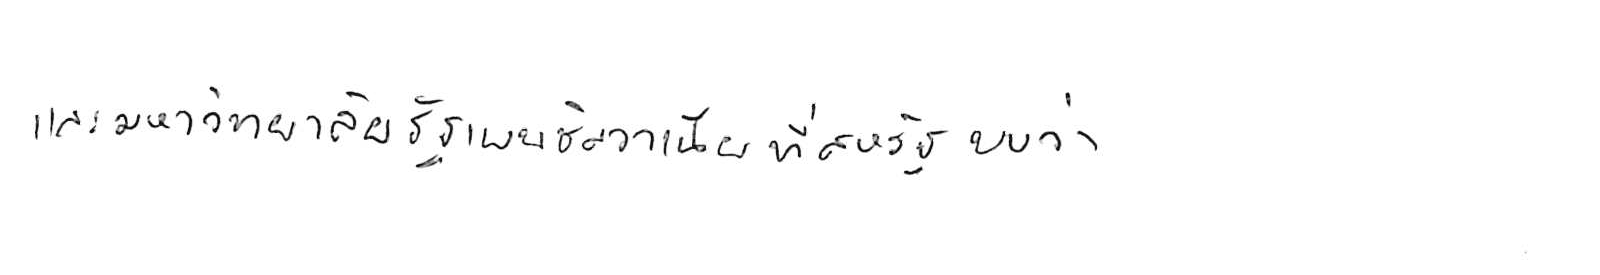
และมหาวิทยาลัยรัฐเพนซิลวาเนีย ที่สหรัฐ พบว่า